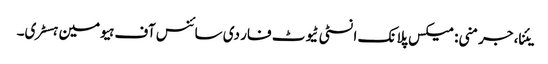
یئنا، جرمنی: میکس پلانک انسٹی ٹیوٹ فار دی سائنس آف ہیومین ہسٹری۔